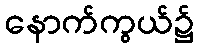
နောက်ကွယ်၌